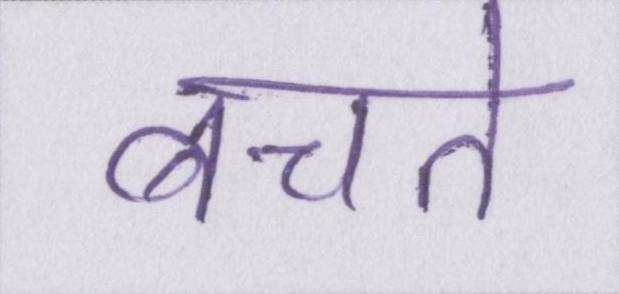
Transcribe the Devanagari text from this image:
बचते